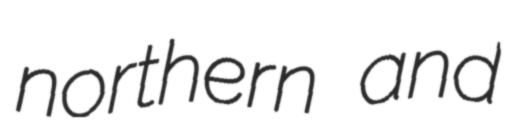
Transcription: northern and